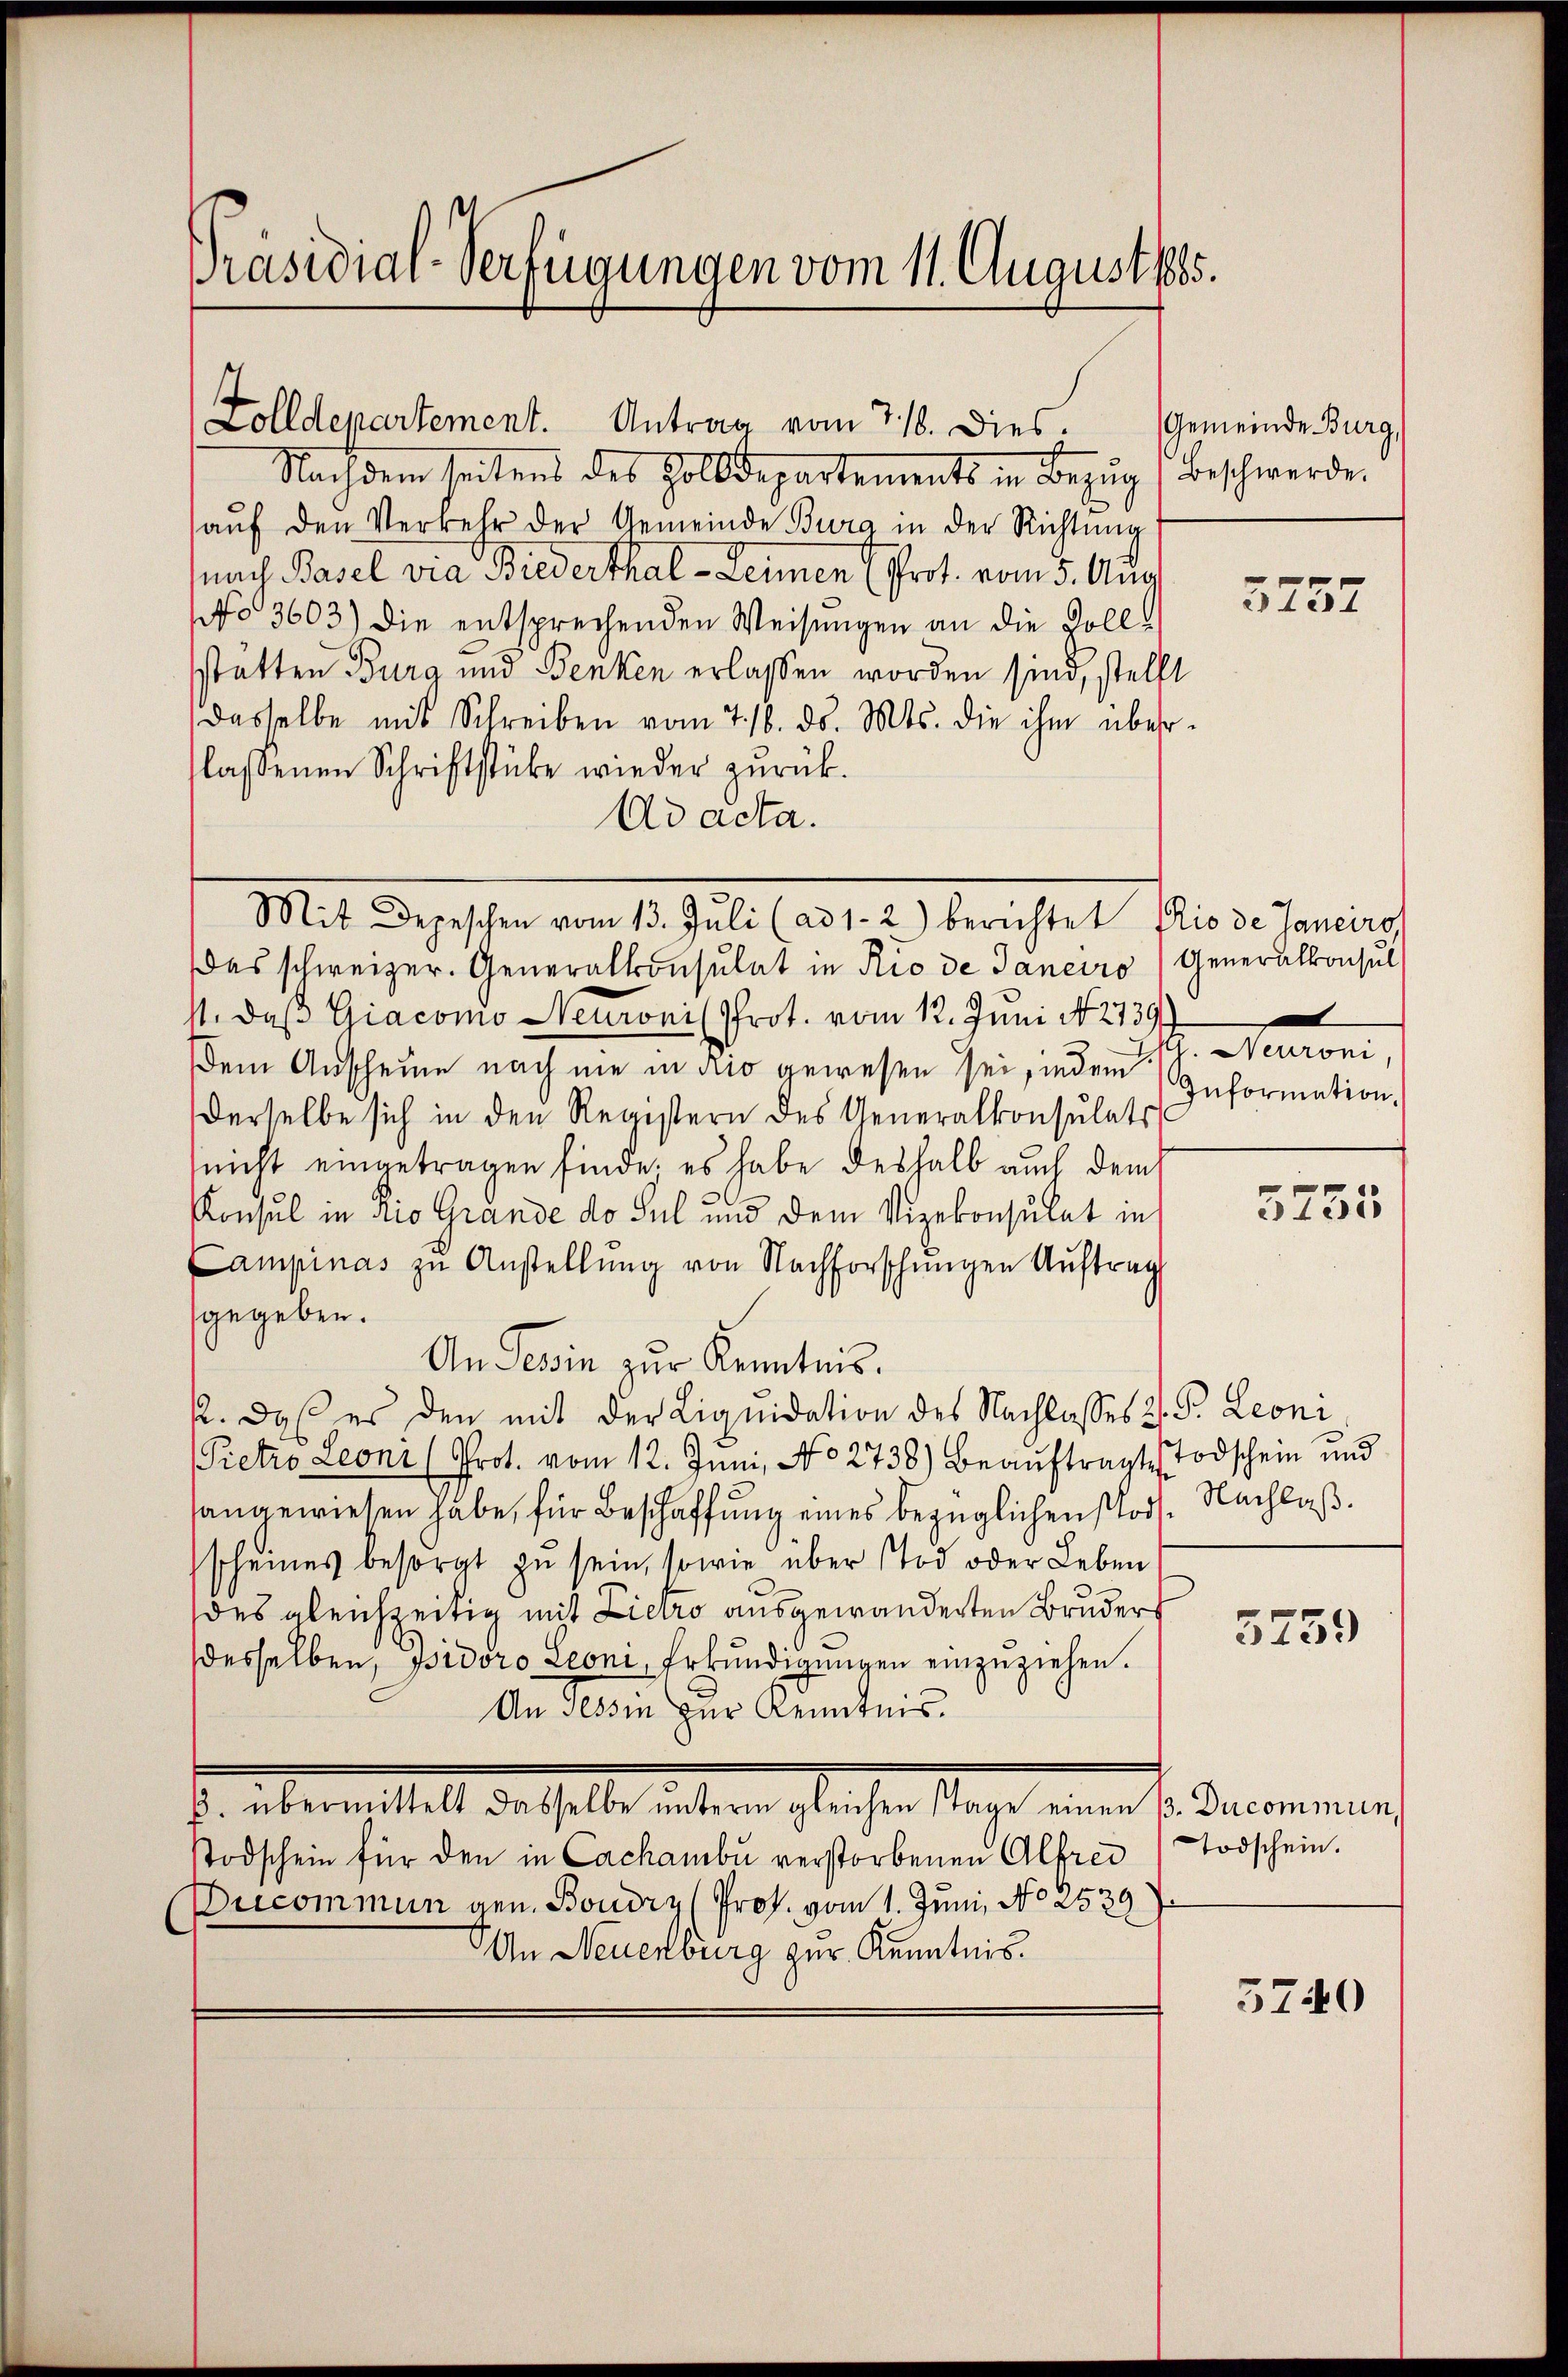
Präsidial-Verfügungen vom 11. August 1885.

Zolldepartement. Antrag vom 716. Dies. Gemeinde Burg
Nachdem seitens des Zolldepartements in Bezŭg (Beschwerde.
aŭf den Verkehr der Gemeinde Burg in der Richtung
(nach Basel via Biederthal - Leimen (Prot. vom 5. Aug.
No 3603) Die entsprechenden Weisungen an die Vollstatten Burg und Benken erlassen worden sind, stell
dasselbe mit Schreiben vom 7. 16. ds. Mts. die ihm über
laßenen Schriftstücke wieder zurück.
Ad acta.
Das schweizer. Generalkonsulat in Rio de Janeiro
st, daß Giacomo Neuroni (Prot. vom 12. Juni No 2739.
Dem Anscheine nach nie in Rio gewesen sei, indem
derselbe sich in den Registern des Generalkonsulats
(nicht eingetragen finde. es habe deshalb auch dem
Konsul in Rio Grande do sul und dem Vizekonsulat in
Campinas zu Anstellung von Nachforschungen Auftrag
gegeben.
An Tessin zur Kenntnis.
22. daß es den mit der Liquidation des Nachlasses 2. S. Leoni
Pietro Leoni (Prot. vom 12. Juni, No 2738) Beaŭftragte Todschein und
sangewiesen habe, für Beschaffung eines bezüglichen Pors. Nachlaß
scheines besorgt zu sein, sowie über Tod oder Leben
des gleichzeitig mit Lietro ausgewanderten Bruder
desselben, psidoro Leoni, Erkundigungen einzuziehen.
An Tessin zur Kenntnis.
s. übermittelt dieselbe alten glicher sage eine le commung
todschein für den in Cachambu verstorbenen Alfrei
Ducommun gen. Boudry (Prof. vom 1. Juni, No 2539
An Neuenburg zur Kenntnis.

Mit Depeschen vom 13. Juli (ad 1-2) berichtet Rio de Janeiro

3737

Generalkonsul
d Memori
Information.

5735

5759

Todschein.

5740